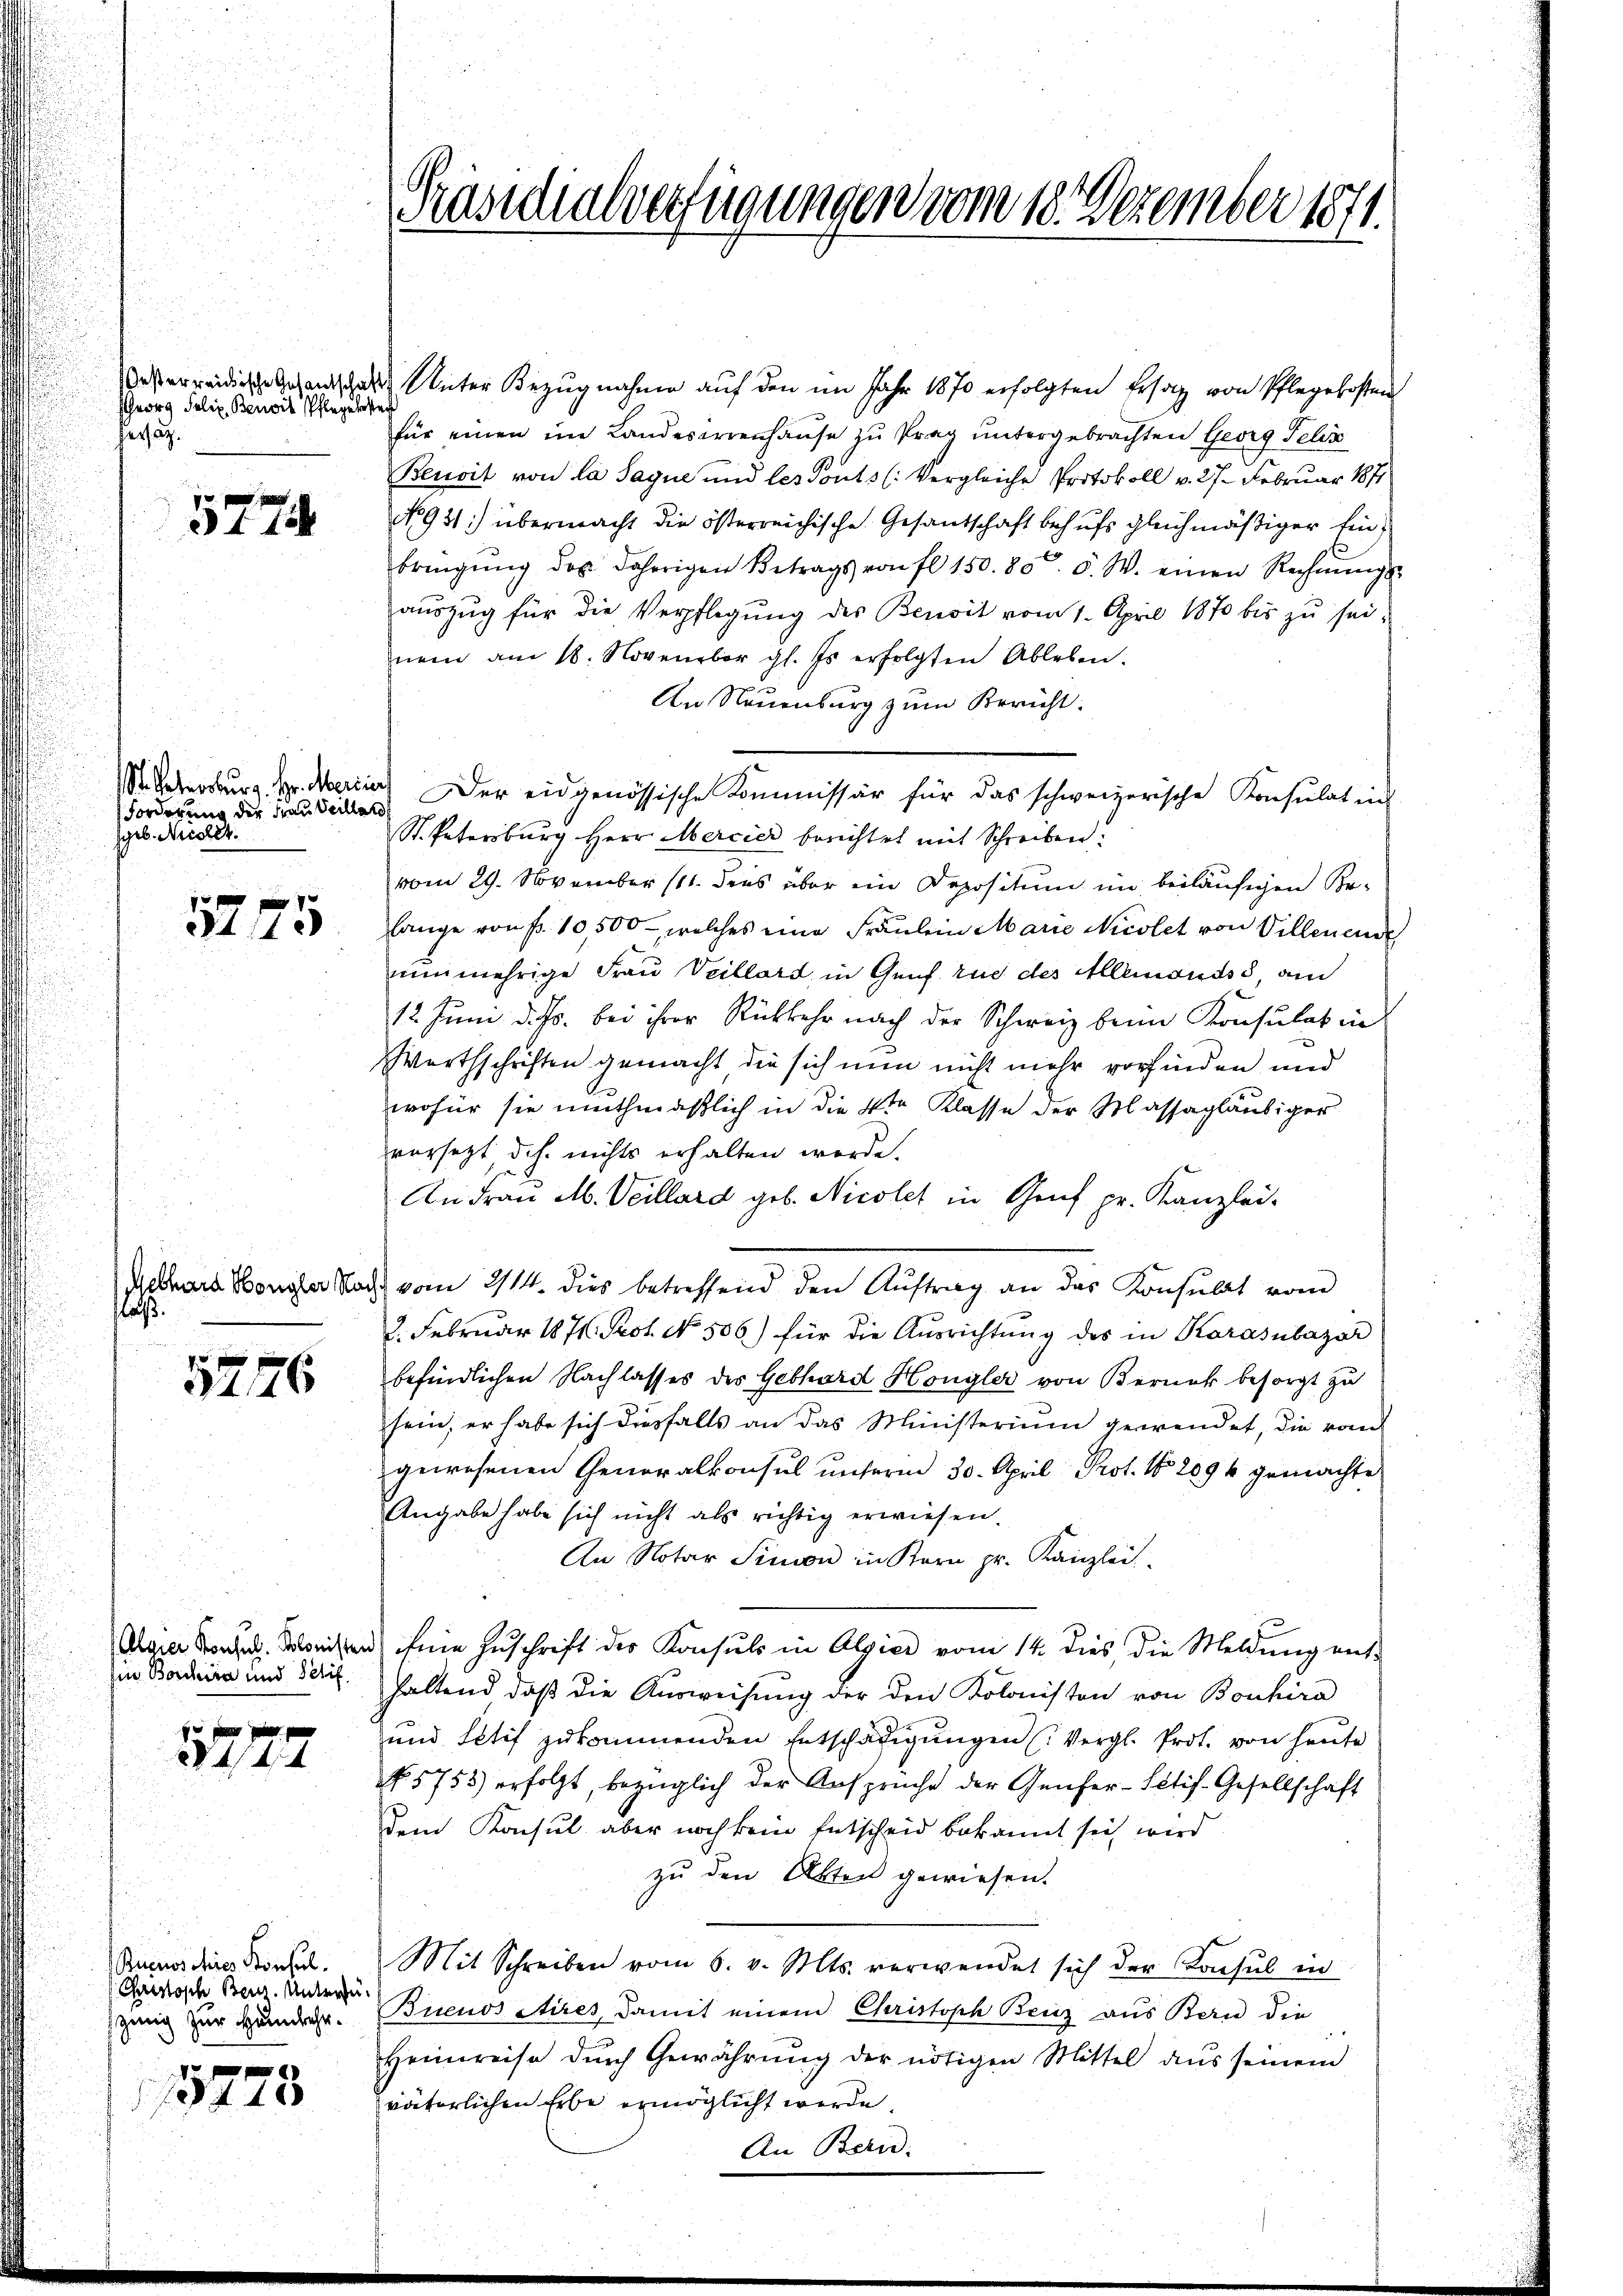
Georg Felix Benoit pflegelste
berstag.

x
3t 154

Forderung der Frau Veillato
geb. Nieder.

5775

a.

5776

3122

Rucros chires Konsul
Christisch Benz. Untersuzwig zur Heimkehr.
15723

Präsidialverfügungen vom 18. Dezember 1871.

siden Unter Bezugnahme auf den im Jahr 1870 erfolgten Ersatz von Pflegekosten
für einen im Landeserrenhause zu Prag untergebrachten Georg Felix
Benoit von la Jaque und les Ponts (: Vergleiche Protokoll v. 27. Februar 1871
No 931) übermacht die österreichische Gesandschaft behufs gleichmäßiger Einbringŭng des daherigen Betrags von fl 150. 80. 6. W. einen Rechnŭngs-
aŭszŭg für die Verpflegŭng des Benoit vom 1. April 1870 bis zŭ sei,
nem am 18. November gl. Es erfolgten Ableben.
An Neuenburg zum Bericht.
S Vetersburg. pr. Marii) Der eidgenössische Kommissär für das schweizerische Konsulat ins
St. Patersburg Herr Mercier berichtet mit Schreiben.
vom 29. November (11. dens über ein Depositum im beiläufigen Be-
lange von fr. 10,500, welches eine Fräulein Marie Nicolet von Villenende
nunmehrige Frau Veillard, in Genf zue des Allemands, am
12. Juni d. Js. bei ihrer Rückkehr nach der Schweiz beim Konsulat in
Werthschriften gemacht die sich nun nicht mehr vorfinden und
wofür sie muthmaßlich in die 4ten Klasse der Massagläubiger
vorsetzt, dch nichts erhalten werde.
An Frau M. Veillard geb. Nicolet in Genf pr. Kanzlei-
Gebres Monder Nach vom 2/14. dies betreffend den Aŭftrag an das Konsulat vom
2. Februar 187. Prot. No. 506) für die Ausrichtung des in Karasubazar
befindlichen Nachlasses des Gebhard Hongler von Berner besorgt zu
sein, er habe sich diesfalls an das Ministeriŭm gewendet, die vom
gewesenen Generalkonsul unserm 30. April Prot. No 209 k gemachte
Angabe habe sich nicht als richtig erwiesen.
An Notar Simon in Kern pr. Kanzlei
Algier Kons. Solonisten eine Zuschrift der Konsuls in Algier vom 14. dies, die Meldung ent-
in Bachira und Serit. haltend daβ die Aŭsweisung der den Kolonisten von Bonhira
und tetif zŭkommenden Entschädigŭngen (Vergl. Prot. von heute
N 5758) erfolgt, bezüglich der Ansprüche der Genfer-Stif-Gesellschaft
dem Konsul aber noch kein Entscheid bekannt sei wird
zu den Akten gewiesen.
Mit Schreiben vom 6. v. Mts. verwendet sich der Konsul in
Buenos Aires, damit einem Christoph Benz aus Bern die
Heimreise dŭrch Gewährŭng der nötigen Mittel aus seinem
väterlichen Erbe ermöglicht werde.
An Bern.